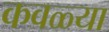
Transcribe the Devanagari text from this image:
कवळ्या